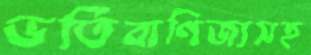
ভর্তিবাণিজ্যসহ